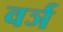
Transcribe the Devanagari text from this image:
वर्ञ